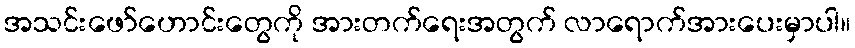
အသင်းဖော်ဟောင်းတွေကို အားတက်ရေးအတွက် လာရောက်အားပေးမှာပါ။